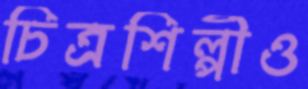
চিত্রশিল্পীও